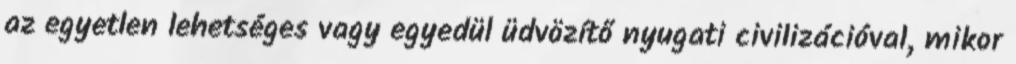
az egyetlen lehetséges vagy egyedül üdvözítő nyugati civilizációval, mikor